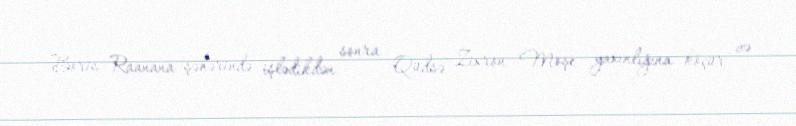
Boris Raanana şəhərində işlədikdən sonra Qüdsə Zixron Moşe yaxınlığına köçür və